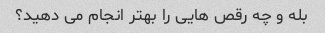
بله و چه رقص هایی را بهتر انجام می دهید؟